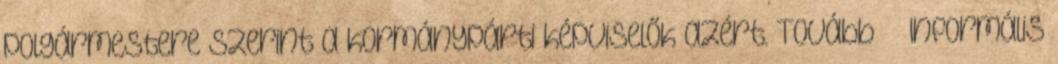
polgármestere szerint a kormánypárti képviselők azért. Tovább › ›Informális